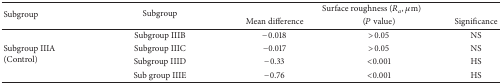
| <ROWSPAN=2> Subgroup | <ROWSPAN=2> Subgroup | <COLSPAN=3> Surface roughness (Ra, μm) |
 | Mean difference | (P value) | Significance |
 | --- | --- | --- | --- | --- |
 | <ROWSPAN=4> Subgroup IIIA(Control) | Subgroup IIIB | −0.018 | >0.05 | NS |
 | Subgroup IIIC | −0.017 | >0.05 | NS |
 | Subgroup IIID | −0.33 | <0.001 | HS |
 | Sub group IIIE | −0.76 | <0.001 | HS |